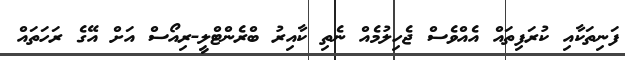
ފަނިތަކާއި ކުރަފިތައް އެއްވެސް ޖެހިލުމެއް ނެތި ކާއިރު ބްރެންޓްލީ-ރިއޯސް އަށް އޭގެ ރަހަތައް